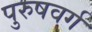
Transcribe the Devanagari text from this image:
पुरुषवर्ग